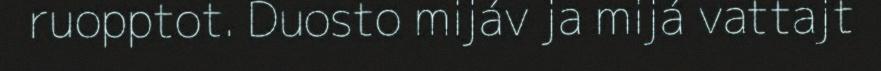
ruopptot. Duosto mijáv ja mijá vattajt